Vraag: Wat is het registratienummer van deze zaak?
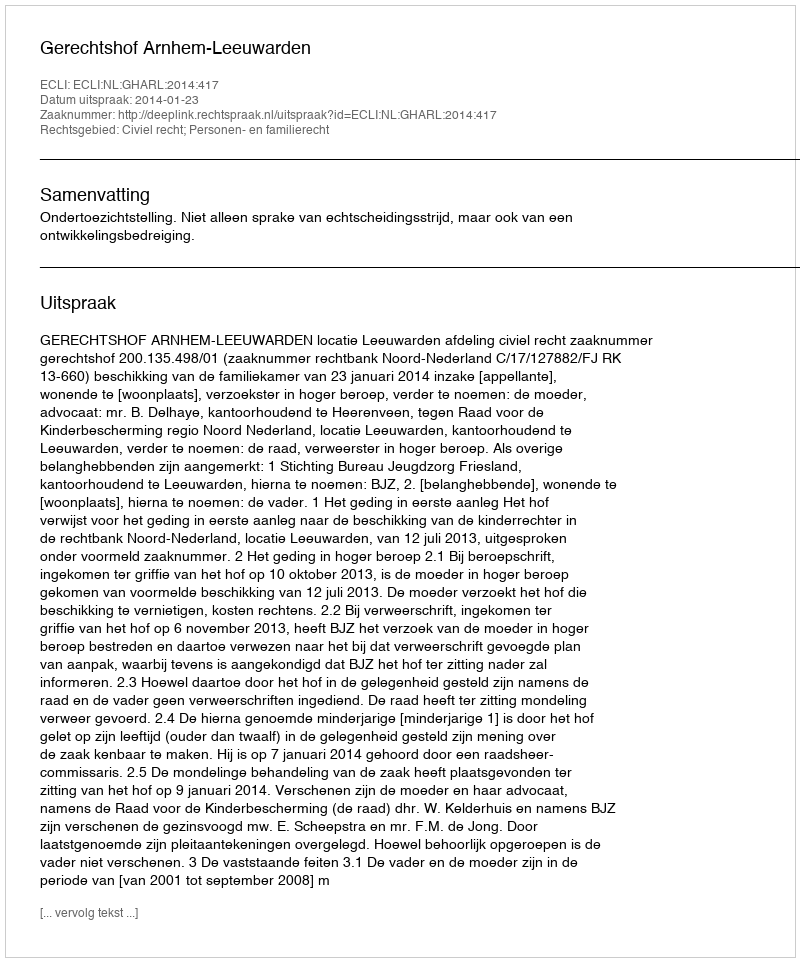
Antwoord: http://deeplink.rechtspraak.nl/uitspraak?id=ECLI:NL:GHARL:2014:417